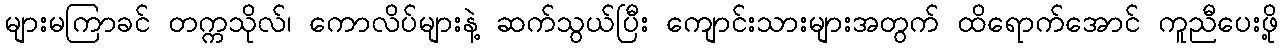
များမကြာခင် တက္ကသိုလ်၊ ကောလိပ်များနဲ့ ဆက်သွယ်ပြီး ကျောင်းသားများအတွက် ထိရောက်အောင် ကူညီပေးဖို့